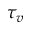
\tau _ { v }